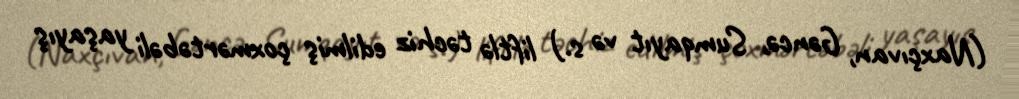
(Naxçıvan, Gəncə, Sumqayıt və s.) liftlə təchiz edilmiş çoxmərtəbəli yaşayış